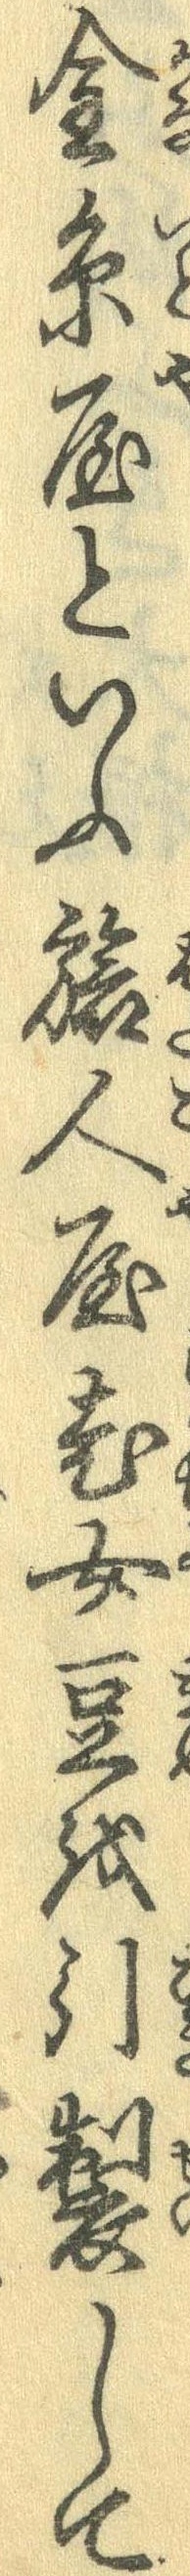
金糸屋といふ旅人屋老女豆を引製して